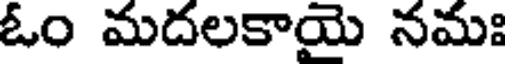
ఓం మదలకాయై నమః